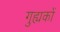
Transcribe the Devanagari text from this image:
गुह्यकों